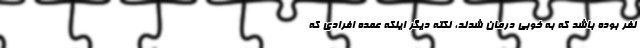
نفر بوده باشد که به خوبی درمان شدند، نکته دیگر اینکه عمده افرادی که